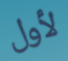
لأول